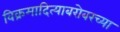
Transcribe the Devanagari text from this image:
विक्रमादित्याबरोबरच्या